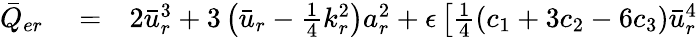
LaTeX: \begin{array}{rlr}{\bar{Q}_{er}}&{{}=}&{2\bar{u}_{r}^{3}+3\left(\bar{u}_{r}-\frac{1}{4}k_{r}^{2}\right)a_{r}^{2}+\epsilon\left[\frac{1}{4}\left(c_{1}+3c_{2}-6c_{3}\right)\bar{u}_{r}^{4}\right.}\end{array}